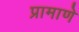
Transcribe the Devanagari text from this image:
प्रामाणे